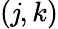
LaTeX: (\mathit{j},k)